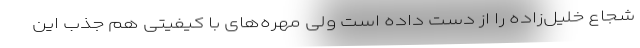
شجاع خلیل‌زاده را از دست داده است ولی مهره‌های با کیفیتی هم جذب این